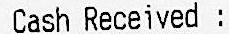
CASH RECEIVED :